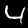
Digit: 4